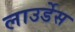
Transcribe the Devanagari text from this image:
लाउर्डेस